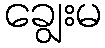
ချွေးမ